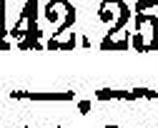
—.—